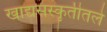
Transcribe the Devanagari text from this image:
खाद्यसंस्कॄतीतले